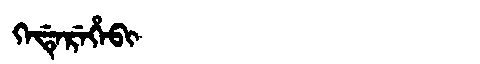
Manchu: ᡴᡝᡩᡝᡵᡝᡥᡝᠪᡳ
Romanization: KEDEREHEBI